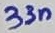
Text: 33n